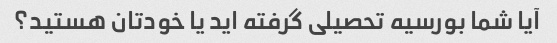
آیا شما بورسیه تحصیلی گرفته اید یا خودتان هستید؟